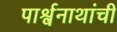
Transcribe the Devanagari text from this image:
पार्श्वनाथांची